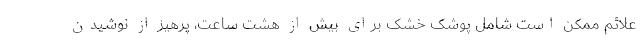
علائم ممکن است شامل پوشک خشک برای بیش از هشت ساعت، پرهیز از نوشیدن